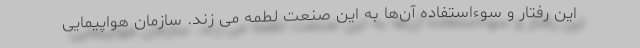
این رفتار و سوءاستفاده آن‌ها به این صنعت لطمه می زند. سازمان هواپیمایی